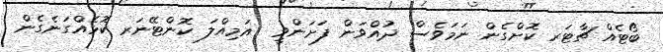
ބޯޓެއް ޗާޓަރ ކޮށްގެން ނަމަވެސް ދުއްވަން ފަށަަންވީ  އަމިއްލަ ކޮންޓޭނަރ ކޮޅެއްގަނެގެން